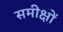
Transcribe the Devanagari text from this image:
समीक्षों